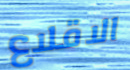
الاقلاع